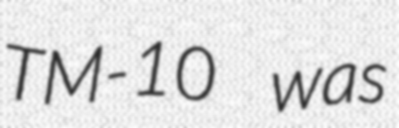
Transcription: TM-10 was